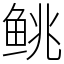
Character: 𬶐